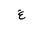
Letter: _gayn